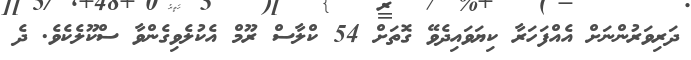
ދަރިވަރުންނަށް އެއްފަހަރާ ކިޔަވައިދެވޭ ގޮތަށް 54 ކްލާސް ރޫމް އެކުލެވިގެންވާ ސްކޫލެކެވެ. ދެ